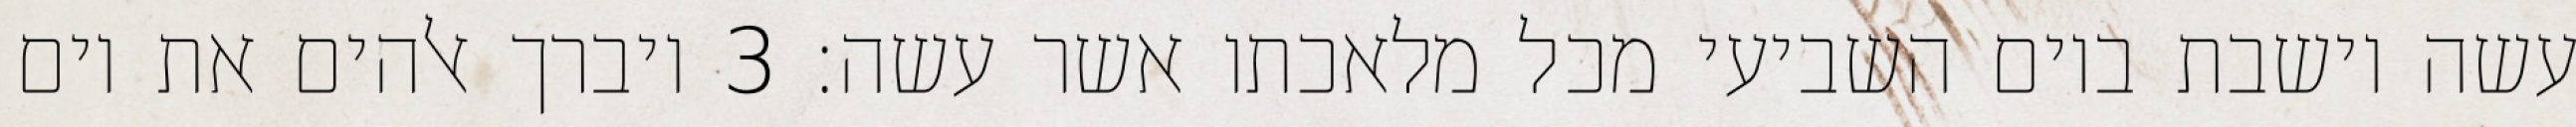
עשה וישבת ביום השביעי מכל מלאכתו אשר עשה׃ ‎3‏ ויברך אלהים את יום